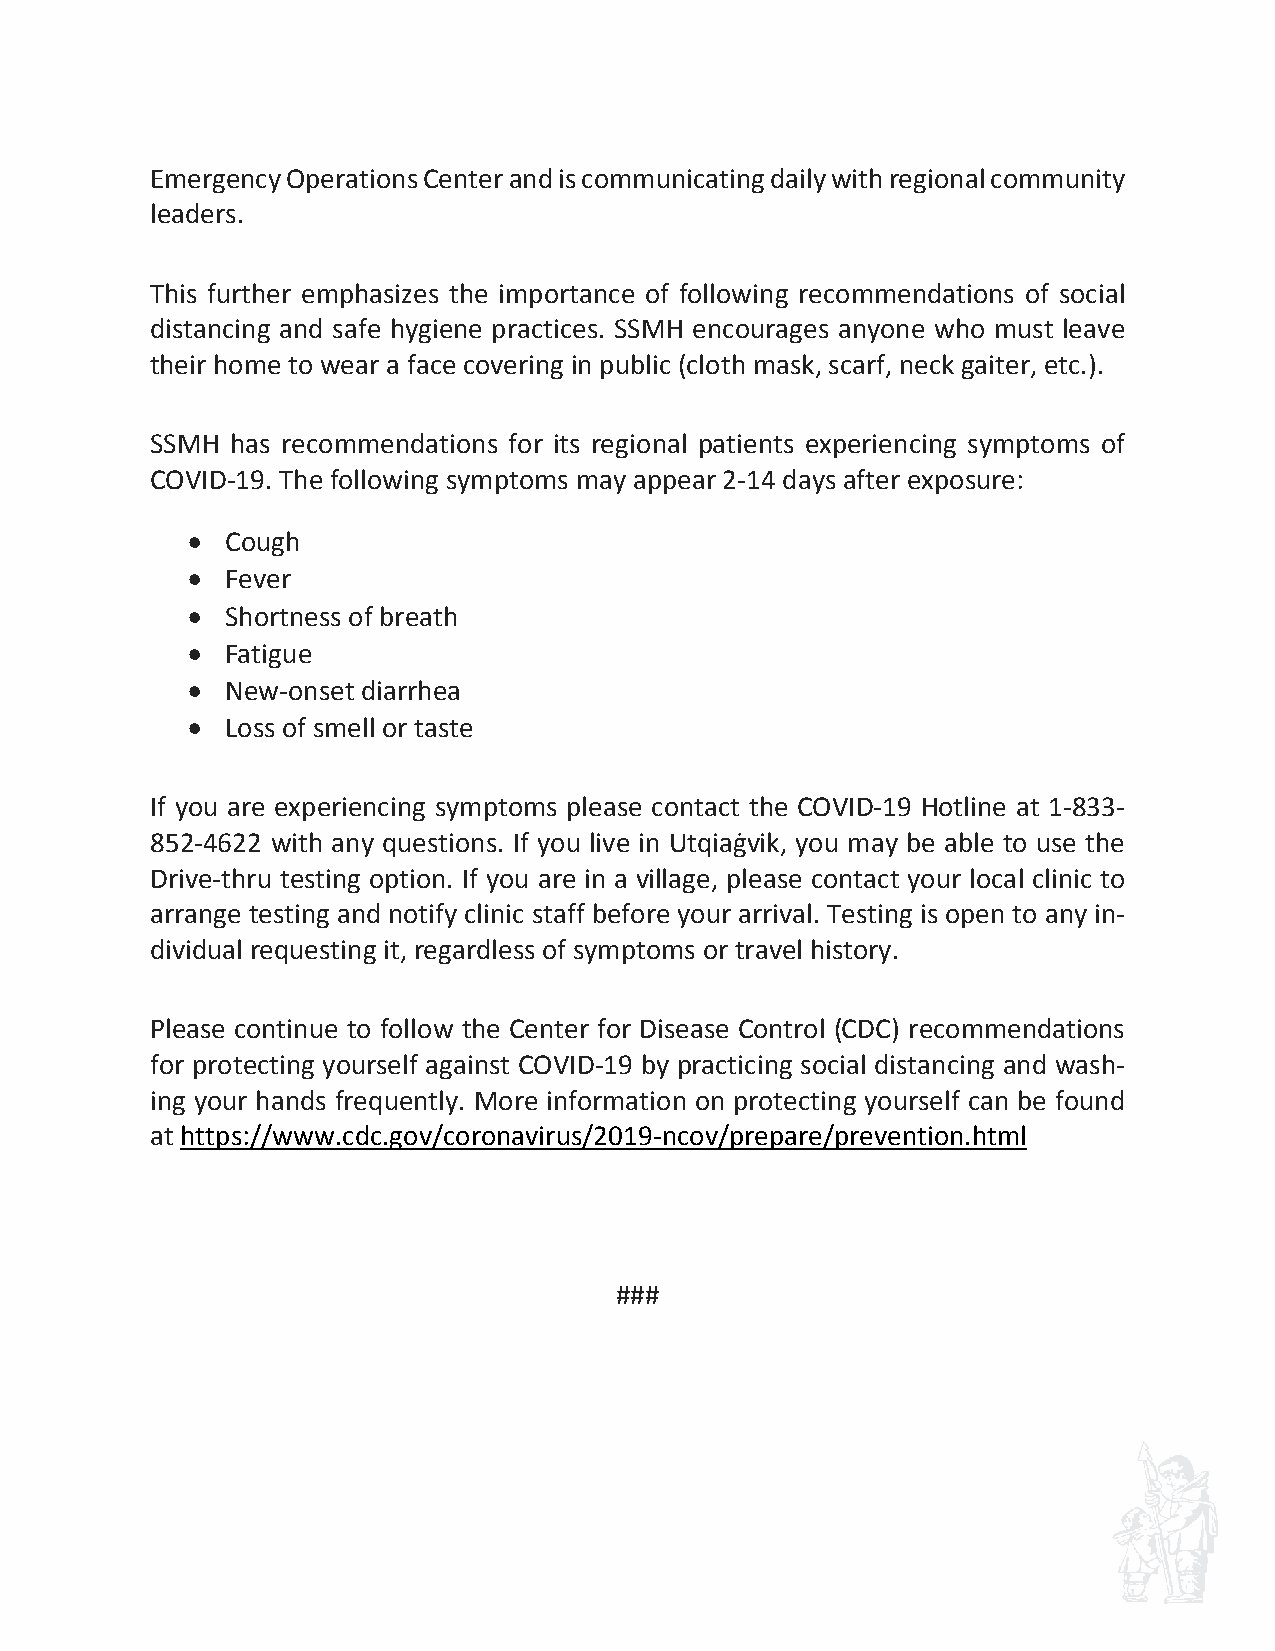
Emergency Operations Center and is communicating daily with regional community
 leaders.
 This further emphasizes the importance of following recommendations of social
 distancing and safe hygiene practices. SSMH encourages anyone who must leave
 their home to wear a face covering in public (cloth mask, scarf, neck gaiter, etc.).
 SSMH has recommendations for its regional patients experiencing symptoms of
 COVID‐19. The following symptoms may appear 2‐14 days after exposure:
   Cough
   Fever
   Shortness of breath
   Fatigue
   New‐onset diarrhea
   Loss of smell or taste
 If you are experiencing symptoms please contact the COVID‐19 Hotline at 1‐833‐
 852‐4622 with any questions. If you live in Utqiaġvik, you may be able to use the
 Drive‐thru testing option. If you are in a village, please contact your local clinic to
 arrange testing and notify clinic staff before your arrival. Testing is open to any in‐
 dividual requesting it, regardless of symptoms or travel history.
 Please continue to follow the Center for Disease Control (CDC) recommendations
 for protecting yourself against COVID‐19 by practicing social distancing and wash‐
 ing your hands frequently. More information on protecting yourself can be found
 at https://www.cdc.gov/coronavirus/2019‐ncov/prepare/prevention.html
 ###